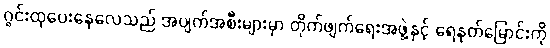
ဂွင်းထုပေးနေလေသည် အပျက်အစီးများမှာ တိုက်ဖျက်ရေးအဖွဲ့နှင့် ရေနုတ်မြောင်းကို